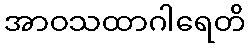
အာဝသထာဂါရေတိ